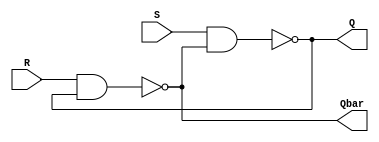
module SR_latch(input S,R,output Q, Qbar);
        nand n1(Q,S,Qbar);
        nand n2(Qbar,R,Q);
endmodule

//testbench for the SR_latch

module Top;
    wire q,qbar;
    reg set,reset;
    
    SR_latch m1(~set,~reset,q,qbar);

initial 
begin 
        $monitor($time, "set = %b,reset = %b,q = %b \n",set,reset,q);
        set =0;
        reset =0;
        #5 reset =1;
        #5 reset =0;
        #5 set =1;
end 
endmodule